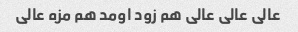
عالی عالی عالی هم زود اومد هم مزه عالی